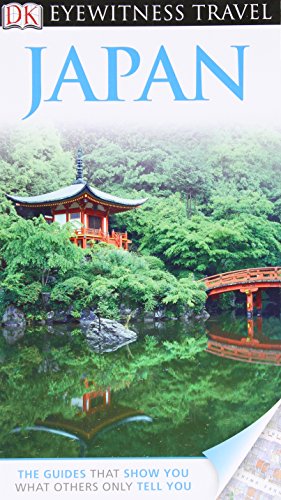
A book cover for DK Eyewitness Travel Guide: Japan; John Benson; Travel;